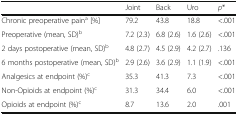
<table><thead><tr><td></td><td><b>Joint</b></td><td><b>Back</b></td><td><b>Uro</b></td><td><b><i>p</i>*</b></td></tr></thead><tbody><tr><td>Chronic preoperative pain<sup>a</sup> [%]</td><td>79.2</td><td>43.8</td><td>18.8</td><td>&lt;.001</td></tr><tr><td>Preoperative (mean, SD)<sup>b</sup></td><td>7.2 (2.3)</td><td>6.8 (2.6)</td><td>1.6 (2.6)</td><td>&lt;.001</td></tr><tr><td>2 days postoperative (mean, SD)<sup>b</sup></td><td>4.8 (2.7)</td><td>4.5 (2.9)</td><td>4.2 (2.7)</td><td>.136</td></tr><tr><td>6 months postoperative (mean, SD)<sup>b</sup></td><td>2.9 (2.6)</td><td>3.6 (2.9)</td><td>1.1 (1.9)</td><td>&lt;.001</td></tr><tr><td>Analgesics at endpoint (%)<sup>c</sup></td><td>35.3</td><td>41.3</td><td>7.3</td><td>&lt;.001</td></tr><tr><td>Non-Opioids at endpoint (%)<sup>c</sup></td><td>31.3</td><td>34.4</td><td>6.0</td><td>&lt;.001</td></tr><tr><td>Opioids at endpoint (%)<sup>c</sup></td><td>8.7</td><td>13.6</td><td>2.0</td><td>.001</td></tr></tbody></table>